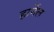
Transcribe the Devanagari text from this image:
हार्नेल